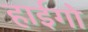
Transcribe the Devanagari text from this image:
हाईगो